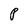
Character: P